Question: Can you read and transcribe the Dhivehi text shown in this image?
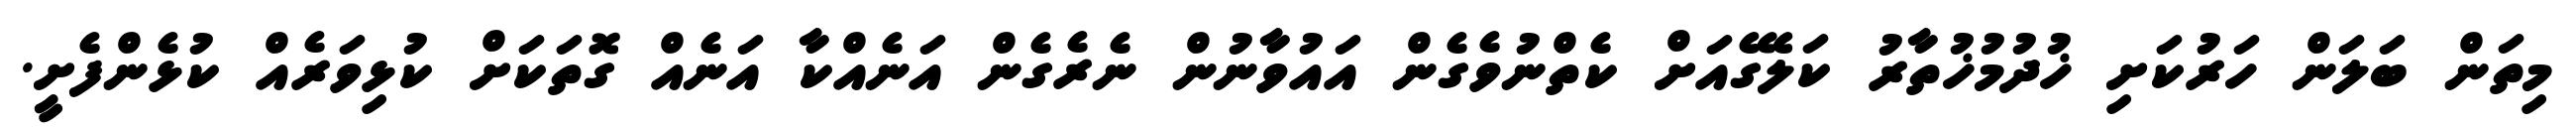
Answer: މިތަން ބަލަން ހަރުކަށި ޚުދުމުޚުތާރު ކަލޭގެއަށް ކެތްނުވެގެން އައުވާނުން ނެރެގެން އަނެއްކާ އަނެއް ގޮތަކަށް ކުޅިވަރެއް ކުޅެންފެށީ.